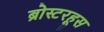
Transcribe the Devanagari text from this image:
ब्रोस्टरहूस